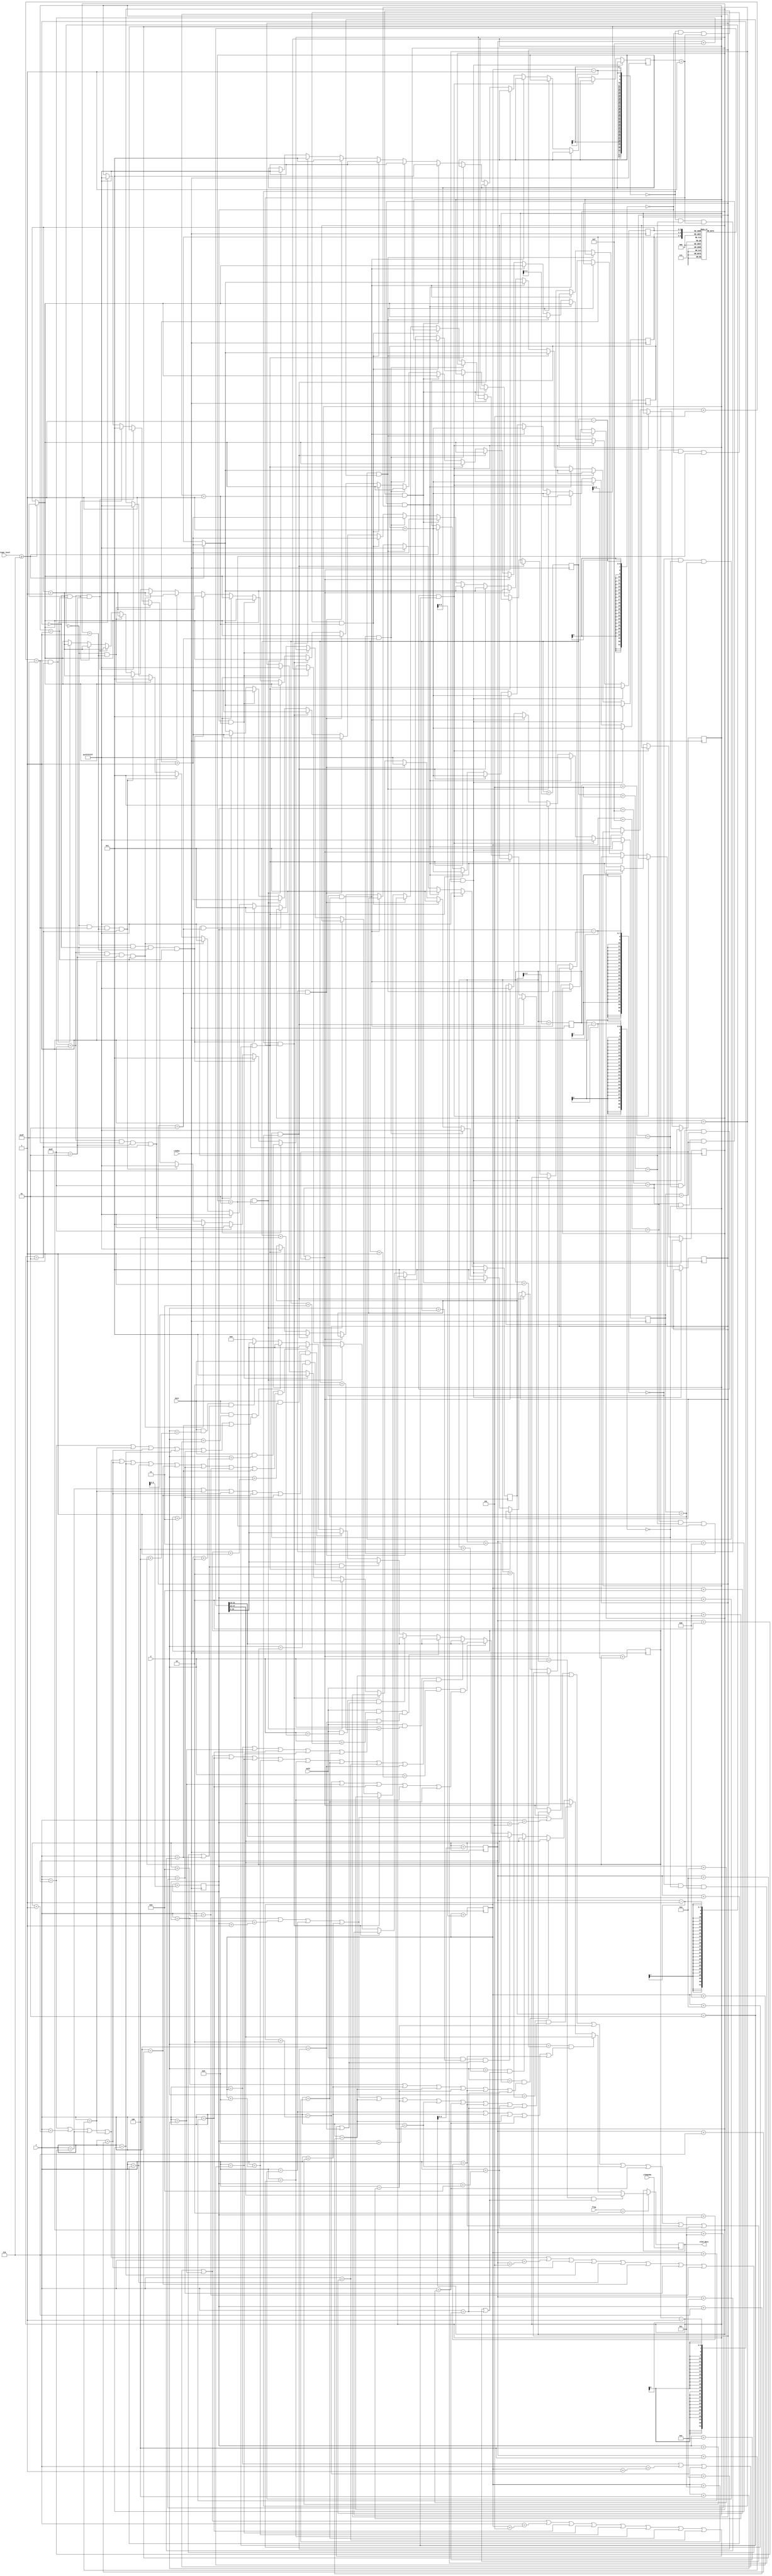
`timescale 1ns / 1ps
//////////////////////////////////////////////////////////////////////////////////
// Company: 
// Engineer: 
// 
// Design Name: 
// Module Name: Background_app
// Project Name: 
// Target Devices: 
// Tool Versions: 
// Description: 
// 
// Dependencies: 
// 
// Revision:
// Revision 0.01 - File Created
// Additional Comments:
// 
//////////////////////////////////////////////////////////////////////////////////


module Background_app(
    input sw15,
    input sw14,
    input [3:0] volume_level,
    input clk5hz,
    input clk6p25m,
    input [6:0]x,
    input [5:0]y,
    input [3:0] flag,
    output reg [15:0]oled_data  
    );
    
    integer  x_v = 1;
    integer  y_v = 1;
    integer  x_v2 = 1;
    integer  y_v2 = 1;
    integer  x_v3 = 1;
    integer  y_v3 = 1;
    reg [15:0] COLOURS[0:7];
    
    reg [15:0] RED = 16'hF800, GREEN = 16'h07E0, YELLOW = 16'hFFE0;
    reg [15:0] BLUE = 16'h30BD, PINK = 16'hC8BD, ORANGE = 16'hED02;
    reg [15:0] LBLUE = 16'h175A, LGREEN = 16'h7F42;
    
    reg [2:0] colour;
    reg [2:0] colour2;
    reg [2:0] colour3;
    
    initial begin
    colour = 3'd0;
    colour2 = 3'd0;
    colour3 = 3'd0;
    COLOURS[0] = RED;
    COLOURS[1] = GREEN;
    COLOURS[2] = YELLOW;
    COLOURS[3] = BLUE;
    COLOURS[4] = PINK;
    COLOURS[5] = ORANGE;
    COLOURS[6] = LBLUE;
    COLOURS[7] = LGREEN;
    end
    
    reg [6:0] initialx = 7'd20;
    reg [5:0] initialy = 6'd40;
    reg [6:0] initialx2 = 7'd60;
    reg [5:0] initialy2 = 6'd50;
    reg [6:0] initialx3 = 7'd1;
    reg [5:0] initialy3 = 6'd1;
    
    
    
    
    
    always @ (posedge  clk5hz) begin
    
        if (volume_level >= 4'd6) begin
            colour <= colour + 1;
            colour2 <= colour2 + 1;
            colour3 <= colour3 + 1;
        end
        if (initialx - 1 == 7'd0 && initialy - 1 == 6'd0 && x_v == -1 && y_v == -1) begin
            x_v <= 1;
            y_v <= 1;
            colour <= colour + 1;
            
        end
        else if (initialx + 15 == 7'd95 && initialy + 5 == 6'd63 && x_v == 1 && y_v == 1) begin
            x_v <= -1;
            y_v <= -1;
            colour <= colour + 1;
        end
        else if (initialx + 15 == 7'd95 && initialy - 1 == 6'd0 && x_v == 1 && y_v == -1) begin
            x_v <= -1;
            y_v <= 1;
            colour <= colour + 1;
        end
        else if (initialx -1 == 7'd0 && initialy + 5 == 6'd63 && x_v == -1 && y_v == 1) begin
            x_v <= 1;
            y_v <= -1;
            colour <= colour + 1;
        end
        //-------------------------- corner cases -------------------------------------
        else if (initialx - 1 == 7'd0 && x_v == -1) begin//
            x_v <= 1;
           colour <= colour + 1;
            
        end
        else if (initialx + 15 == 7'd95 && x_v == 1) begin//
            x_v <= -1;
            colour <= colour + 1;
        end
        else if (initialy - 1 == 6'd0 && y_v == -1) begin//
            y_v <= 1;
            colour <= colour + 1;
        end
        else if (initialy + 5 == 6'd63 && y_v == 1) begin//
            y_v <= -1;
          colour <= colour + 1;
        end        
        //----------------------second
        else if (initialx2 - 1 == 7'd0 && initialy2 - 1 == 6'd0 && x_v2 == -1 && y_v2 == -1) begin
            x_v2 <= 1;
            y_v2 <= 1;
            colour2 <= colour2 + 1;
            
        end
        else if (initialx2 + 15 == 7'd95 && initialy2 + 5 == 6'd63 && x_v2 == 1 && y_v2 == 1) begin
            x_v2 <= -1;
            y_v2 <= -1;
            colour2 <= colour2 + 1;
        end
        else if (initialx2 + 15 == 7'd95 && initialy2 - 1 == 6'd0 && x_v2 == 1 && y_v2 == -1) begin
            x_v2 <= -1;
            y_v2 <= 1;
            colour2 <= colour2 + 1;
        end
        else if (initialx2 -1 == 7'd0 && initialy2 + 5 == 6'd63 && x_v2 == -1 && y_v2 == 1) begin
            x_v2 <= 1;
            y_v2 <= -1;
            colour2 <= colour2 + 1;
        end
        //-------------------------- corner cases -------------------------------------
        else if (initialx2 - 1 == 7'd0 && x_v2 == -1) begin//
            x_v2 <= 1;
           colour2 <= colour2 + 1;
            
        end
        else if (initialx2 + 15 == 7'd95 && x_v2 == 1) begin//
            x_v2 <= -1;
            colour2 <= colour2 + 1;
        end
        else if (initialy2 - 1 == 6'd0 && y_v2 == -1) begin//
            y_v2 <= 1;
            colour2 <= colour2 + 1;
        end
        else if (initialy2 + 5 == 6'd63 && y_v2 == 1) begin//
            y_v2 <= -1;
          colour2 <= colour2 + 1;
        end        
        
        //----------------------------------third
        
        else if (initialx3 - 1 == 7'd0 && initialy3 - 1 == 6'd0 && x_v3 == -1 && y_v3 == -1) begin
            x_v3 <= 1;
            y_v3 <= 1;
            colour3 <= colour3 + 1;
            
        end
        else if (initialx3 + 15 == 7'd95 && initialy3 + 5 == 6'd63 && x_v3 == 1 && y_v3 == 1) begin
            x_v3 <= -1;
            y_v3 <= -1;
            colour3 <= colour3 + 1;
        end
        else if (initialx3 + 15 == 7'd95 && initialy3 - 1 == 6'd0 && x_v3 == 1 && y_v3 == -1) begin
            x_v3 <= -1;
            y_v3 <= 1;
            colour3 <= colour3 + 1;
        end
        else if (initialx3 -1 == 7'd0 && initialy3 + 5 == 6'd63 && x_v3 == -1 && y_v3 == 1) begin
            x_v3 <= 1;
            y_v3 <= -1;
            colour3 <= colour3 + 1;
        end
        //-------------------------- corner cases -------------------------------------
        else if (initialx3 - 1 == 7'd0 && x_v3 == -1) begin//
            x_v3 <= 1;
           colour3 <= colour3 + 1;
            
        end
        else if (initialx3 + 15 == 7'd95 && x_v3 == 1) begin//
            x_v3 <= -1;
            colour3 <= colour3 + 1;
        end
        else if (initialy3 - 1 == 6'd0 && y_v3 == -1) begin//
            y_v3 <= 1;
            colour3 <= colour3 + 1;
        end
        else if (initialy3 + 5 == 6'd63 && y_v3 == 1) begin//
            y_v3 <= -1;
          colour3 <= colour3 + 1;
        end        
       
        
        
        initialx2 <= initialx2 + x_v2;
        initialy2 <= initialy2 + y_v2;
             
        initialx <= initialx + x_v;
        initialy <= initialy + y_v;
        
        initialx3 <= initialx3 + x_v3;
        initialy3 <= initialy3 + y_v3;
      
        

        
        
        
    end
    
    
    always @ (posedge clk6p25m) begin
        if (flag == 4'd2) begin
//            if (y >= initialy && y < initialy + 10 && x >= initialx && x < initialx + 10)
//                oled_data = COLOURS[colour];
//            else
//                oled_data = 0;        
            
            if ((y == initialy) && (x == initialx || x == initialx + 1 || x == initialx + 2 || x == initialx + 4
            || x == initialx + 5 || x == initialx + 6 || x == initialx + 8 || x == initialx + 9 || x == initialx + 10
            || x == initialx + 12 || x == initialx + 13 || x == initialx + 14))
                oled_data = COLOURS[colour];
            else if ((y == initialy + 1) && (x == initialx + 2 || x == initialx + 4 || x == initialx + 6 || x == initialx + 10
            || x == initialx + 12))
                oled_data = COLOURS[colour];
            else if ((y == initialy + 2) && (x == initialx || x == initialx + 1 || x == initialx + 2 || x == initialx + 4
            || x == initialx + 6 || x == initialx + 8 || x == initialx + 9 || x == initialx + 10
            || x == initialx + 12 || x == initialx + 13 || x == initialx + 14))
                oled_data = COLOURS[colour];
            else if ((y == initialy + 3) && (x == initialx || x == initialx + 4
            || x == initialx + 6 || x == initialx + 8 || x == initialx + 12 || x == initialx + 14))
                oled_data = COLOURS[colour];
            else if ((y == initialy + 4) && (x == initialx || x == initialx + 1 || x == initialx + 2 || x == initialx + 4
            || x == initialx + 5 || x == initialx + 6 || x == initialx + 8 || x == initialx + 9 || x == initialx + 10
            || x == initialx + 12 || x == initialx + 13 || x == initialx + 14))
                oled_data = COLOURS[colour];
           
                
           //---------------------------------------------------------
            else if ( sw15 == 1 && (y == initialy2) && (x == initialx2 || x == initialx2 + 1 || x == initialx2 + 2 || x == initialx2 + 4
            || x == initialx2 + 5 || x == initialx2 + 6 || x == initialx2 + 8 || x == initialx2 + 9 || x == initialx2 + 10
            || x == initialx2 + 12 || x == initialx2 + 13 || x == initialx2 + 14))
                oled_data = COLOURS[colour2];
            else if (sw15 == 1 && (y == initialy2 + 1) && (x == initialx2 + 2 || x == initialx2 + 4 || x == initialx2 + 6 || x == initialx2 + 10
            || x == initialx2 + 12))
                oled_data = COLOURS[colour2];
            else if (sw15 == 1 && (y == initialy2 + 2) && (x == initialx2 || x == initialx2 + 1 || x == initialx2 + 2 || x == initialx2 + 4
            || x == initialx2 + 6 || x == initialx2 + 8 || x == initialx2 + 9 || x == initialx2 + 10
            || x == initialx2 + 12 || x == initialx2 + 13 || x == initialx2 + 14))
                oled_data = COLOURS[colour2];
            else if (sw15 == 1 && (y == initialy2 + 3) && (x == initialx2 || x == initialx2 + 4
            || x == initialx2 + 6 || x == initialx2 + 8 || x == initialx2 + 12 || x == initialx2 + 14))
                oled_data = COLOURS[colour2];
            else if (sw15 == 1 && (y == initialy2 + 4) && (x == initialx2 || x == initialx2 + 1 || x == initialx2 + 2 || x == initialx2 + 4
            || x == initialx2 + 5 || x == initialx2 + 6 || x == initialx2 + 8 || x == initialx2 + 9 || x == initialx2 + 10
            || x == initialx2 + 12 || x == initialx2 + 13 || x == initialx2 + 14))
                oled_data = COLOURS[colour2];
           //-----------------------------------------
            else if ( sw14 == 1 && (y == initialy3) && (x == initialx3 || x == initialx3 + 1 || x == initialx3 + 2 || x == initialx3 + 4
                || x == initialx3 + 5 || x == initialx3 + 6 || x == initialx3 + 8 || x == initialx3 + 9 || x == initialx3 + 10
                || x == initialx3 + 12 || x == initialx3 + 13 || x == initialx3 + 14))
                    oled_data = COLOURS[colour3];
                else if (sw14 == 1 && (y == initialy3 + 1) && (x == initialx3 + 2 || x == initialx3 + 4 || x == initialx3 + 6 || x == initialx3 + 10
                || x == initialx3 + 12))
                    oled_data = COLOURS[colour3];
                else if (sw14 == 1 && (y == initialy3 + 2) && (x == initialx3 || x == initialx3 + 1 || x == initialx3 + 2 || x == initialx3 + 4
                || x == initialx3 + 6 || x == initialx3 + 8 || x == initialx3 + 9 || x == initialx3 + 10
                || x == initialx3 + 12 || x == initialx3 + 13 || x == initialx3 + 14))
                    oled_data = COLOURS[colour3];
                else if (sw14 == 1 && (y == initialy3 + 3) && (x == initialx3 || x == initialx3 + 4
                || x == initialx3 + 6 || x == initialx3 + 8 || x == initialx3 + 12 || x == initialx3 + 14))
                    oled_data = COLOURS[colour3];
                else if (sw14 == 1 && (y == initialy3 + 4) && (x == initialx3 || x == initialx3 + 1 || x == initialx3 + 2 || x == initialx3 + 4
                || x == initialx3 + 5 || x == initialx3 + 6 || x == initialx3 + 8 || x == initialx3 + 9 || x == initialx3 + 10
                || x == initialx3 + 12 || x == initialx3 + 13 || x == initialx3 + 14))
                    oled_data = COLOURS[colour3]; 
           
            else
                oled_data = 0;        
                           
        
        end    
    end
        
        
endmodule